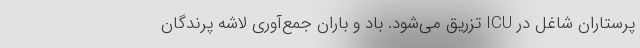
پرستاران شاغل در ICU تزریق می‌شود. باد و باران جمع‌آوری لاشه پرندگان